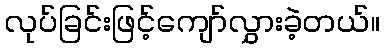
လုပ်ခြင်းဖြင့်ကျော်လွှားခဲ့တယ်။